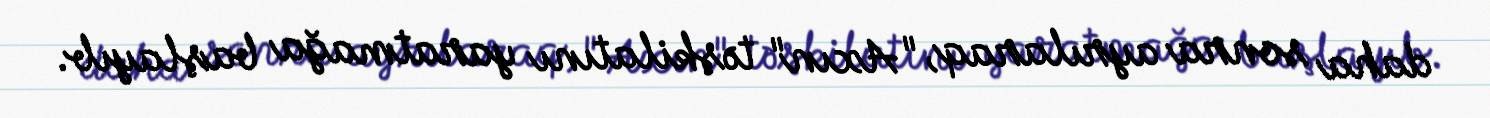
daha sonra ayrılaraq, "Axın" təşkilatını yaratmağa başlayıb.